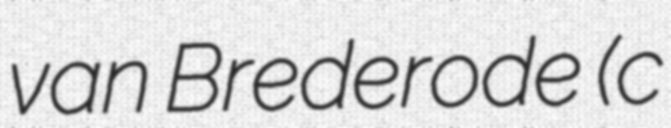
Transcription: van Brederode (c